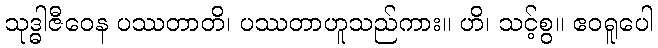
သုဒ္ဓါဇီဝေန ပဿတာတိ၊ ပဿတာဟူသည်ကား။ ဟိ၊ သင့်စွ။ ဧဝရူပေါ